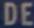
DE